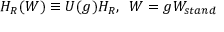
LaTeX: H _ { R } ( W ) \equiv U ( g ) H _ { R } , \, \, \, W = g W _ { s t a n d }